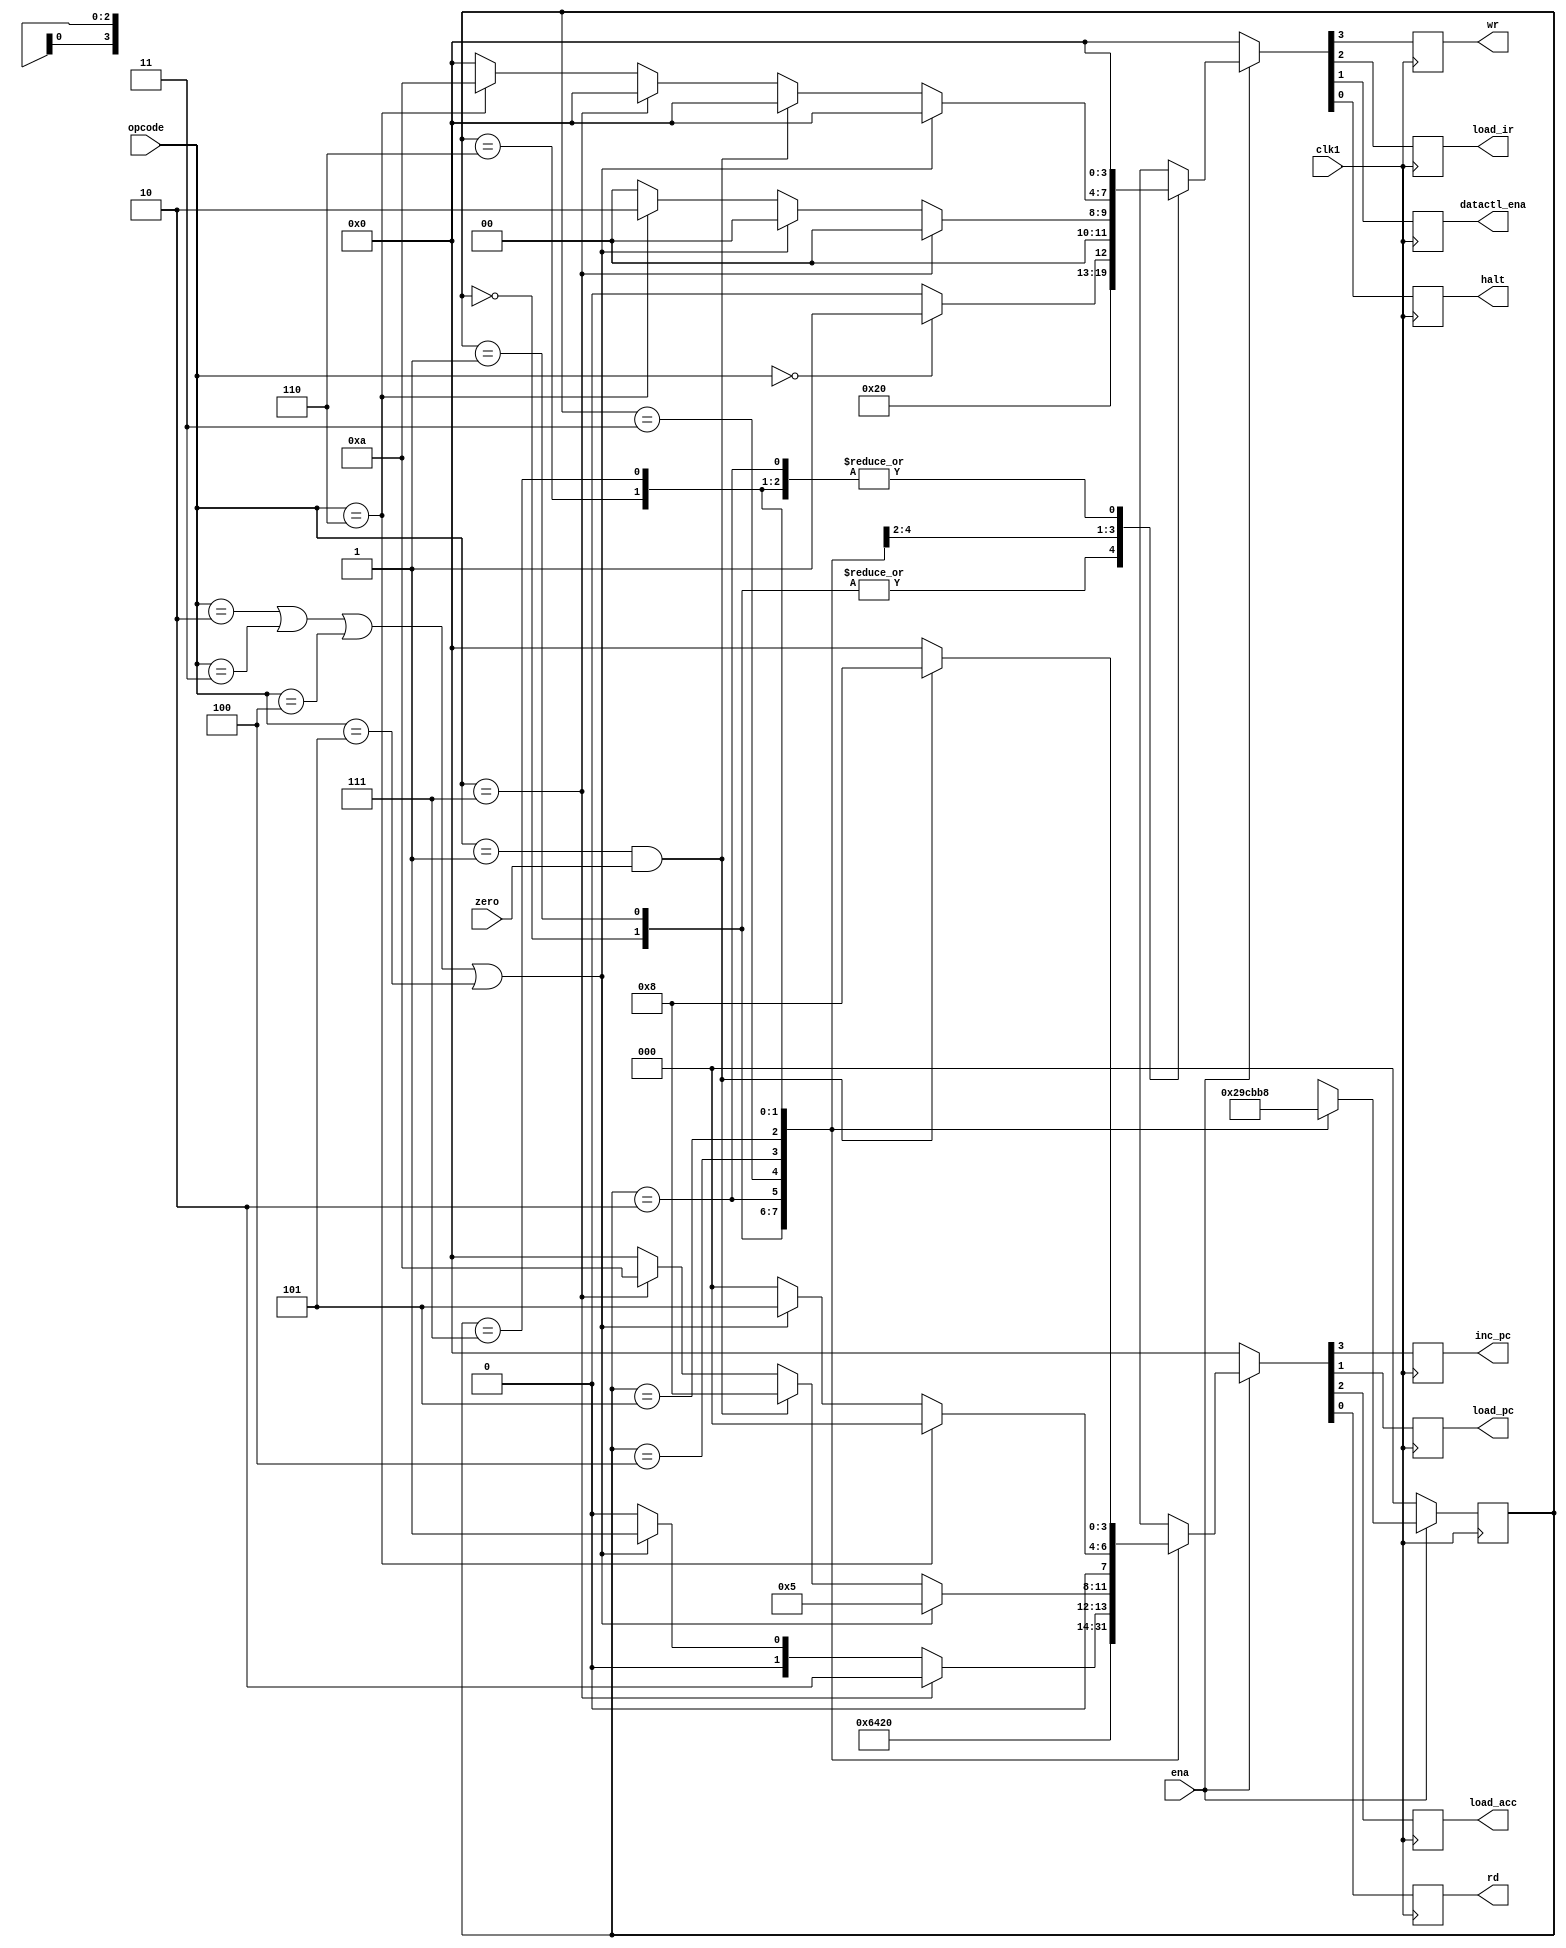
module machine(inc_pc,load_acc,load_pc,rd,wr,load_ir,datactl_ena,halt,clk1,zero,ena,opcode);
    output inc_pc,load_pc,load_acc,rd,wr,load_ir;
    output datactl_ena,halt;
    input clk1,zero,ena;
    input[2:0] opcode;
    reg inc_pc,load_acc,load_pc,rd,wr,load_ir;
    reg datactl_ena,halt;
    reg[2:0] state;
    
   parameter  HLT=3'b000,
              SKZ=3'b001,
              ADD=3'b010,
              AND=3'b011,
              XOR=3'b100,
              LDA=3'b101,
              STO=3'b110,
              JMP=3'b111;
              
  always @(negedge clk1)

    begin
        if(!ena)
          begin
              state<=3'b000;
              {inc_pc,load_acc,load_pc,rd}<=4'b0000;
              {wr,load_ir,datactl_ena,halt}<=4'b0000;
          end
        else
        ct1_cycle;
   end
   
   task ct1_cycle;
       begin
           casex(state)
               3'b000:  
                  begin
                    {inc_pc,load_acc,load_pc,rd}<=4'b0001;
                    {wr,load_ir,datactl_ena,halt}<=4'b0100;
                    state<=3'b001;
                  end
                3'b001: //inc_pc=1,??????PC?1?PC??????????????fetch????????ROM????;rd=1,ROM?????????????load_ir=1????????????????????????????????state????0??
                   begin
                     {inc_pc,load_acc,load_pc,rd}<=4'b1001;
                     {wr,load_ir,datactl_ena,halt}<=4'b0100;
                     state<=3'b010;
                   end
                3'b010: //???????
                   begin
                     {inc_pc,load_acc,load_pc,rd}<=4'b0000;
                     {wr,load_ir,datactl_ena,halt}<=4'b0000;
                     state<=3'b011;
                   end
                3'b011:  //PC?1,PC??????ROM?????rd=0,??ROM???????????????HLT??halt?1?????????????????????????????CPU????????????????????????????????
                   begin
                     if(opcode==HLT)
                      begin
                        {inc_pc,load_acc,load_pc,rd}<=4'b1000;
                        {wr,load_ir,datactl_ena,halt}<=4'b0001;
                       end
                     else  //????CLK???PC?1????
                       begin
                         {inc_pc,load_acc,load_pc,rd}<=4'b1000;
                         {wr,load_ir,datactl_ena,halt}<=4'b0000; 
                       end  
                         state<=3'b100;
                   end
                3'b100: 
                   begin
                    if(opcode==JMP)  //??????????load_pc???1??????????counter??1????load???1????1?PC??1???????????????????????JMP??????????????????????????8?CLK?????????????????3'b000????????????????????CLK?????????
                     begin
                     {inc_pc,load_acc,load_pc,rd}<=4'b0010;
                     {wr,load_ir,datactl_ena,halt}<=4'b0000;
                     end
                    else  
                     if(opcode==ADD||opcode==AND||opcode==XOR||opcode==LDA)
                       begin
                         {inc_pc,load_acc,load_pc,rd}<=4'b0001;
                         {wr,load_ir,datactl_ena,halt}<=4'b0000;
                       end
                    else 
                      if(opcode==STO)
                        begin
                           {inc_pc,load_acc,load_pc,rd}<=4'b0000;
                           {wr,load_ir,datactl_ena,halt}<=4'b0010;
                        end  
                    else 
                         begin
                           {inc_pc,load_acc,load_pc,rd}<=4'b0000;
                           {wr,load_ir,datactl_ena,halt}<=4'b0000;
                         end
                     
                     state<=3'b101 ;
                   end
                3'b101: 
                   begin  
                     if(opcode==ADD||opcode==AND||opcode==XOR||opcode==LDA)
                       begin
                         {inc_pc,load_acc,load_pc,rd}<=4'b0101;
                         {wr,load_ir,datactl_ena,halt}<=4'b0000;
                       end
                     else                        
                       if(opcode==SKZ&&zero==1)
                         begin
                             {inc_pc,load_acc,load_pc,rd}<=4'b1000;
                             {wr,load_ir,datactl_ena,halt}<=4'b0000;
                         end
                       else  
                        if(opcode==JMP)
                           begin
                             {inc_pc,load_acc,load_pc,rd}<=4'b1010;
                             {wr,load_ir,datactl_ena,halt}<=4'b0000;
                           end
                        else  
                         if(opcode==STO) 
                           begin
                             {inc_pc,load_acc,load_pc,rd}<=4'b0000;
                             {wr,load_ir,datactl_ena,halt}<=4'b1010;
                           end
                        else  
                           begin
                             {inc_pc,load_acc,load_pc,rd}<=4'b0000;
                             {wr,load_ir,datactl_ena,halt}<=4'b0000;
                           end
                     state<=3'b110 ;
                   end
                3'b110: 
                   begin
                    if(opcode==STO)
                     begin
                     {inc_pc,load_acc,load_pc,rd}<=4'b0000;
                     {wr,load_ir,datactl_ena,halt}<=4'b0000;
                     end
                    else
                     if(opcode==ADD||opcode==AND||opcode==XOR||opcode==LDA)
                       begin
                         {inc_pc,load_acc,load_pc,rd}<=4'b0101;
                         {wr,load_ir,datactl_ena,halt}<=4'b0000;
                       end 
                      else
                          begin
                             {inc_pc,load_acc,load_pc,rd}<=4'b0000;
                             {wr,load_ir,datactl_ena,halt}<=4'b0000;
                           end
                     state<=3'b111;
                   end
                3'b111: 
                   begin
                    if(opcode==SKZ&&zero==1)
                     begin
                     {inc_pc,load_acc,load_pc,rd}<=4'b1000;
                     {wr,load_ir,datactl_ena,halt}<=4'b0000;
                     end
                    else
                     begin
                     {inc_pc,load_acc,load_pc,rd}<=4'b0000;
                     {wr,load_ir,datactl_ena,halt}<=4'b0000;
                     end
                     state<=3'b000;
                   end
                default:
                     begin
                     {inc_pc,load_acc,load_pc,rd}<=4'b0000;
                     {wr,load_ir,datactl_ena,halt}<=4'b0000;
                     state<=3'b000;
                     end
            endcase
        end
   endtask
endmodule